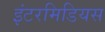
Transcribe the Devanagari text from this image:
इंटरमिडियस